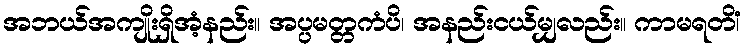
အဘယ်အကျိုးရှိအံ့နည်း။ အပ္ပမတ္တကံပိ၊ အနည်းငယ်မျှလည်း။ ကာမရတိံ၊